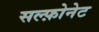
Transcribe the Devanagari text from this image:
सल्फ़ोनेट